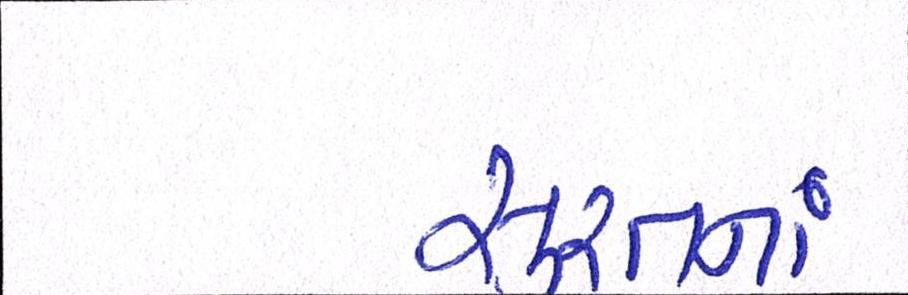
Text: સુરતનાં